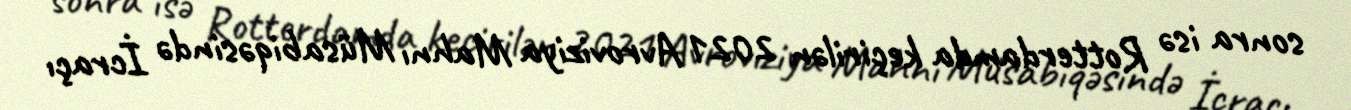
sonra isə Rotterdamda keçirilən 2021 Avroviziya Mahnı Müsabiqəsində İcraçı